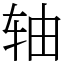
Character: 轴